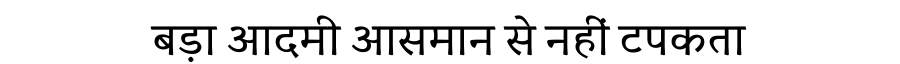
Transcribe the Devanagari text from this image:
बड़ा आदमी आसमान से नहीं टपकता